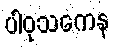
ပါဝုသကေန